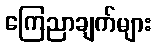
ကြေညာချက်များ